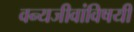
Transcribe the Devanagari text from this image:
वन्यजीवांविषयी